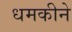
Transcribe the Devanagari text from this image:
धमकीने